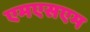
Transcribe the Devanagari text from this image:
एमएसएम